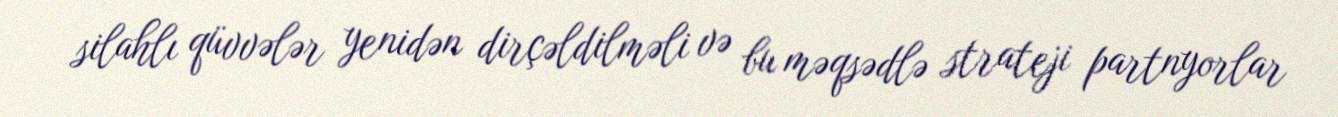
silahlı qüvvələr yenidən dirçəldilməli və bu məqsədlə strateji partnyorlar